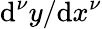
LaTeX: \mathrm{d}^{\nu}y/\mathrm{d}x^{\nu}